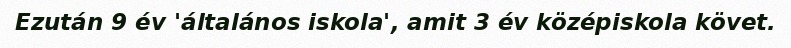
Ezután 9 év 'általános iskola', amit 3 év középiskola követ.